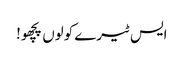
ایس ٹیرے کولوں پچھو!